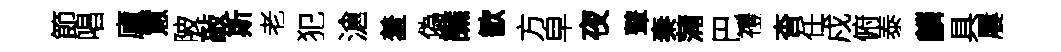
節唱廬罳陂敲斯老犯滄羞偽譙歓方皁夜鼙秦蒲巴禮杳任戍俯泰麟具屢